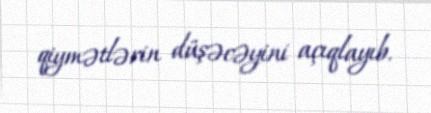
qiymətlərin düşəcəyini açıqlayıb.